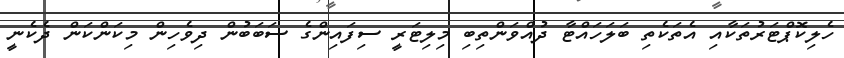
ހެލިކޮޕްޓަރުތަކާއި އެތަކެތި ބަލަހައްޓާ ދުއްވަންތިބި މިލިޓަރީ ސިފައިންގެ ސަބަބުން ދިވެހިން މިކަންކަން ދެކެނީ